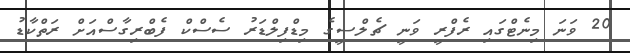
20 ވަނަ މިނެޓްގައި ރެފްރީ ވަނީ ޗެލްސީގެ މިޑްފިލްޑަރު ސެސްކް ފެބްރިގާސްއަށް ރަތްކާޑު